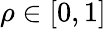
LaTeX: \rho\in\left[0,1\right]